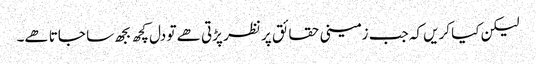
لیکن کیا کریں کہ جب زمینی حقائق پر نظر پڑتی ھے تو دل کچھ بجھ سا جاتا ھے۔